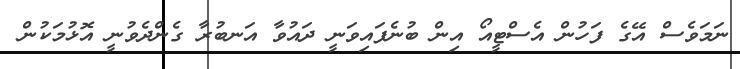
ނަމަވެސް އޭގެ ފަހުން އެސްޓީއޯ އިން ބުނެފައިވަނީ ދައުވާ އަނބުރާ ގެންދެވުނީ އޮޅުމަކުން